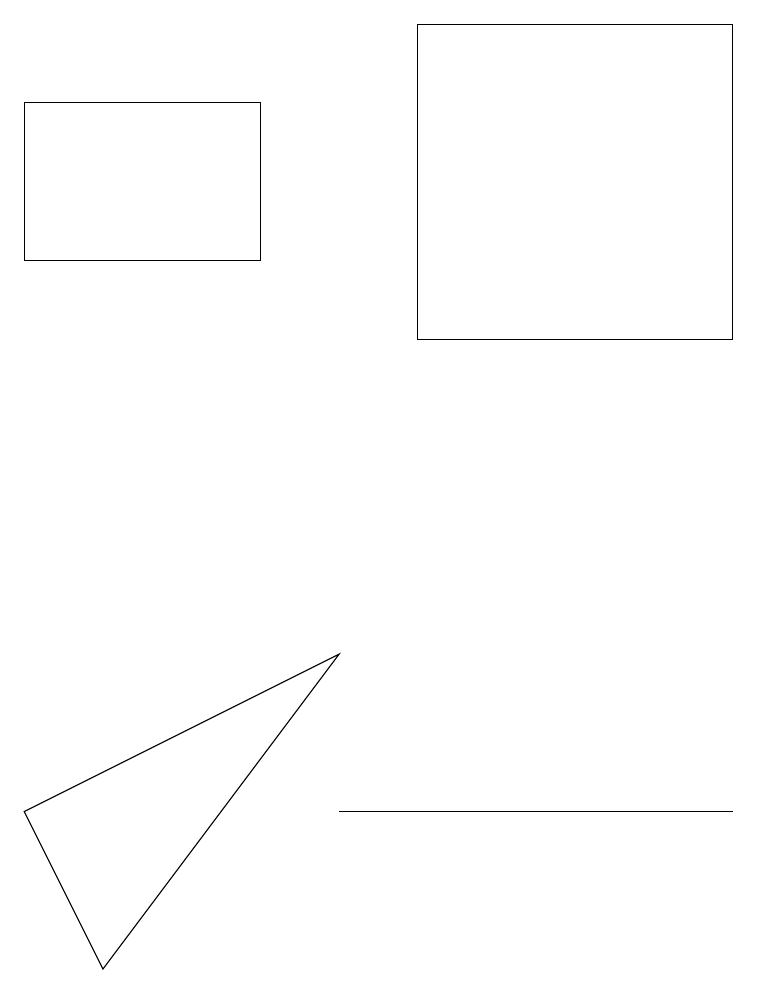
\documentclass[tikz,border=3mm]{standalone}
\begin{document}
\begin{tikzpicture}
\draw (5,7) -- (4,7) -- (9,7) -- cycle;
\draw (9,17) rectangle (5,13);
\draw (1,5) -- (0,7) -- (4,9) -- cycle;
\draw (3,16) rectangle (0,14);
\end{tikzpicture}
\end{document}